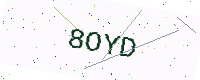
Text: 8OYD